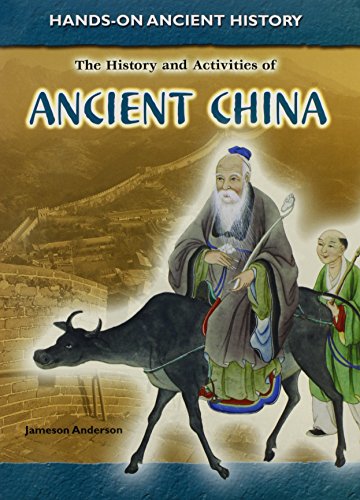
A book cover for The History and Activities of Ancient China (Hands-On Ancient History); Jameson Anderson; Children's Books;